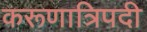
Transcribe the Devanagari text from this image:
करूणात्रिपदी